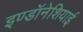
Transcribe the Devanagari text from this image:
इण्डॉनेशियाई